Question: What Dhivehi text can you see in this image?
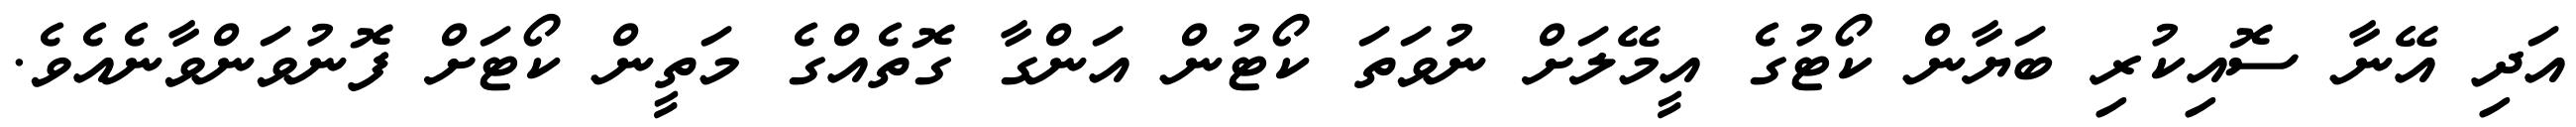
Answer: އަދި އޭނާ ސޮއިކުރި ބަޔާން ކޯޓުގެ އީމޭލަށް ނުވަތަ ކޯޓުން އަންގާ ގޮތެއްގެ މަތީން ކޯޓަށް ފޮނުވަންވާނެއެވެ.